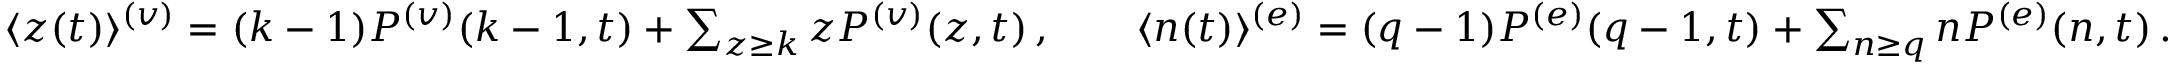
\begin{array} { r } { \begin{array} { r } { \langle z ( t ) \rangle ^ { ( v ) } = ( k - 1 ) P ^ { ( v ) } ( { k - 1 } , { t } ) + \sum _ { z \ge k } z P ^ { ( v ) } ( { z } , { t } ) \, , \qquad \langle n ( t ) \rangle ^ { ( e ) } = ( q - 1 ) P ^ { ( e ) } ( { q - 1 } , { t } ) + \sum _ { n \ge q } n P ^ { ( e ) } ( { n } , { t } ) \, . } \end{array} } \end{array}